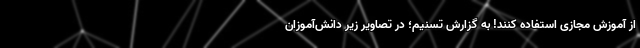
از آموزش مجازی استفاده کنند! به گزارش تسنیم؛ در تصاویر زیر دانش‌آموزان